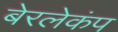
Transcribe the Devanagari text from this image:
बेरलेकंप